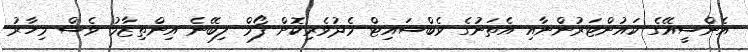
އެންސީއޭގެ ކައުންޓަރުންނާއި އެތަނުގެ ވެބްސައިޓް މެދުވެރިކޮށް ފޯމް ލިބޭނެ އިންތިޒާމު ވެސް މިހާރު